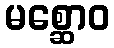
မစ္ဆောဝ